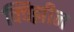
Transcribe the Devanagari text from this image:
क्विझीन